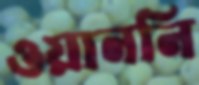
ওয়াননি